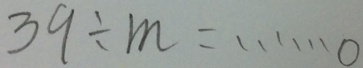
3 9 \div m = \cdots 0